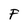
Character: F